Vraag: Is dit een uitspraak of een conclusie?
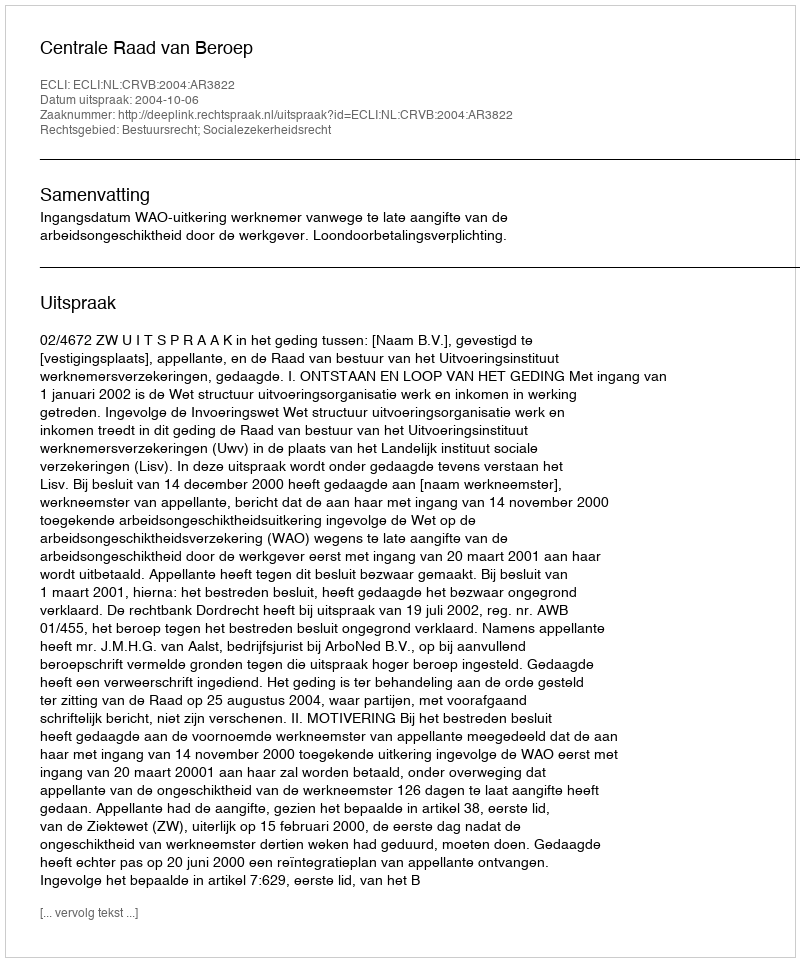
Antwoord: Uitspraak